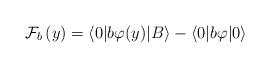
LaTeX: \begin{align*}\mathcal{F}_{b}\left( y\right) =\langle 0|b\varphi (y)|B\rangle -\langle0|b\varphi |0\rangle \end{align*}